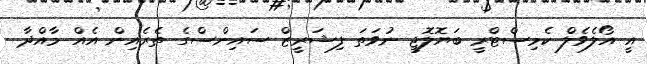
އީ އޯލެވެލް ކެމިސްޓްރީ ބަޔޮލޮޖީ ނުވަތަ ފިޝަރީޒް ސައިންސްގެ ތެރެއިން އެއް މާއްދާ